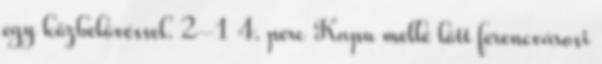
egy közbelövéssel. 2–1 4. perc Kapu mellé lőtt ferencvárosi